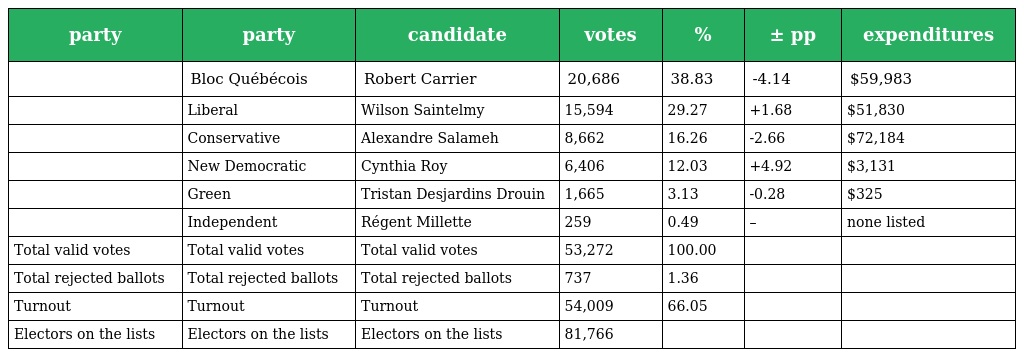
| party | party | candidate | votes | % | ± pp | expenditures |
 | --- | --- | --- | --- | --- | --- | --- |
 |  | Bloc Québécois | Robert Carrier | 20,686 | 38.83 | -4.14 | $59,983 |
 |  | Liberal | Wilson Saintelmy | 15,594 | 29.27 | +1.68 | $51,830 |
 |  | Conservative | Alexandre Salameh | 8,662 | 16.26 | -2.66 | $72,184 |
 |  | New Democratic | Cynthia Roy | 6,406 | 12.03 | +4.92 | $3,131 |
 |  | Green | Tristan Desjardins Drouin | 1,665 | 3.13 | -0.28 | $325 |
 |  | Independent | Régent Millette | 259 | 0.49 | – | none listed |
 | Total valid votes | Total valid votes | Total valid votes | 53,272 | 100.00 |  |  |
 | Total rejected ballots | Total rejected ballots | Total rejected ballots | 737 | 1.36 |  |  |
 | Turnout | Turnout | Turnout | 54,009 | 66.05 |  |  |
 | Electors on the lists | Electors on the lists | Electors on the lists | 81,766 |  |  |  |